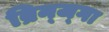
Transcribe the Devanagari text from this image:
ब्रिन्ज्गा